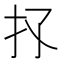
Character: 𢩴